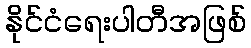
နိုင်ငံရေးပါတီအဖြစ်